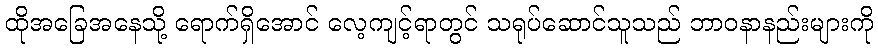
ထိုအခြေအနေသို့ ရောက်ရှိအောင် လေ့ကျင့်ရာတွင် သရုပ်ဆောင်သူသည် ဘာဝနာနည်းများကို